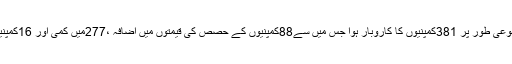
پاکستان اسٹاک مارکیٹ میں جمعرات کو مجموعی طور پر 381کمپنیوں کا کاروبار ہوا جس میں سے88کمپنیوں کے حصص کی قیمتوں میں اضافہ ،277میں کمی اور 16کمپنیوں کے حصص کی قیمتوں میں استحکام رہا ۔